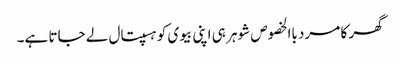
گھر کا مرد باالخصوص شوہر ہی اپنی بیوی کو ہسپتال لے جاتا ہے۔